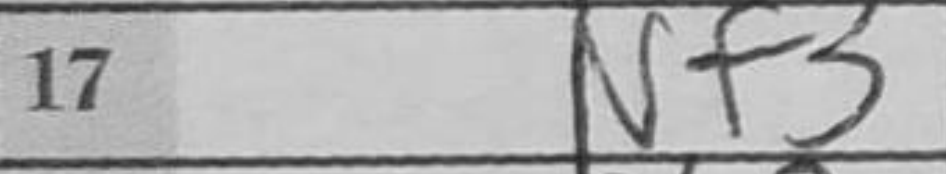
Transcription: Nf3